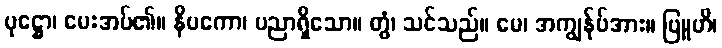
ပုဋ္ဌော၊ မေးအပ်၏။ နိပကော၊ ပညာရှိသော။ တွံ၊ သင်သည်။ မေ၊ အကျွန်ုပ်အား။ ဗြူဟိ၊